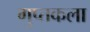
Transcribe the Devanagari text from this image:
गुप्तकला